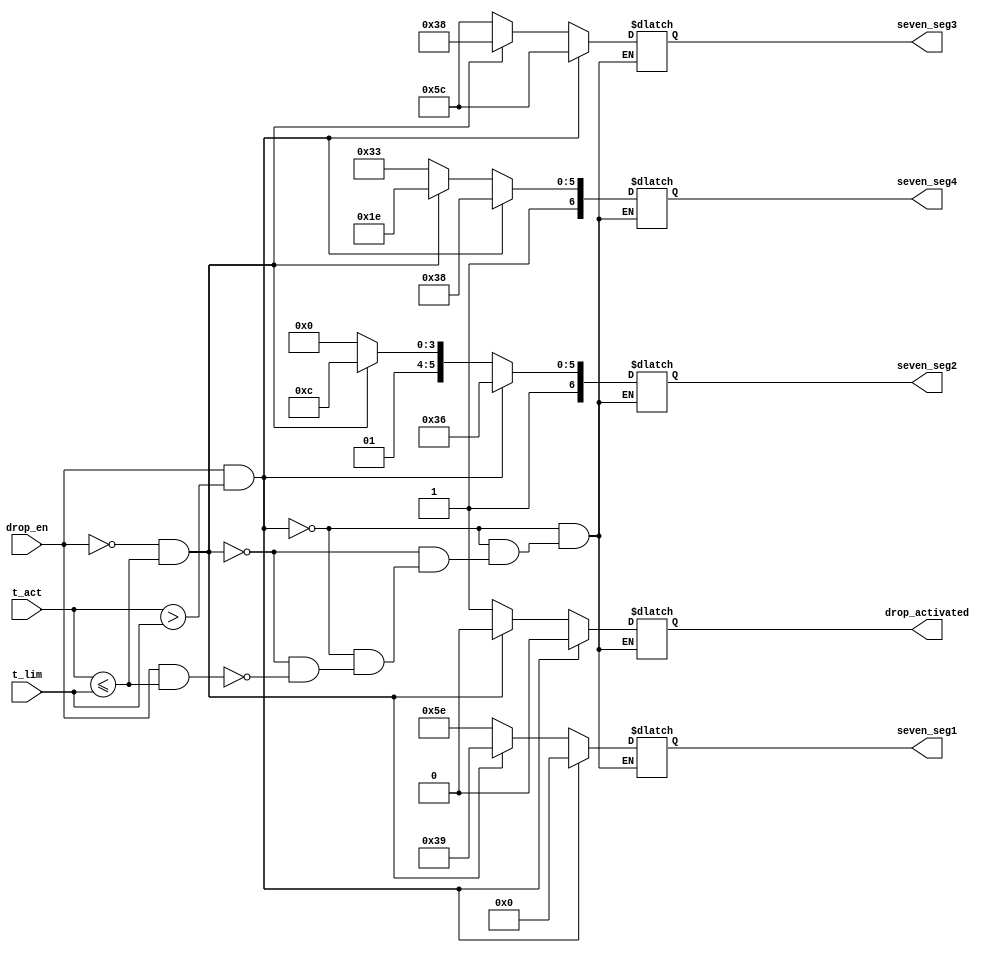
`timescale 1ns / 1ps
//////////////////////////////////////////////////////////////////////////////////
// Company: 
// Engineer: 
// 
// Design Name: 
// Module Name:    display_and_drop 
// Project Name: 
// Target Devices: 
// Tool versions: 
// Description: 
//
// Dependencies: 
//
// Revision: 
// Revision 0.01 - File Created
// Additional Comments: 
//
//////////////////////////////////////////////////////////////////////////////////
module display_and_drop(
      output [6:0] seven_seg1,
	  output [6:0] seven_seg2,
	  output [6:0] seven_seg3,
	  output [6:0] seven_seg4,
	  output [0:0] drop_activated,
	  input  [15:0] t_act,
	  input  [15:0] t_lim,
	  input         drop_en
    );
reg [6:0] sv1;
reg [6:0] sv2;
reg [6:0] sv3;
reg [6:0] sv4;
reg [0:0] drop_a;	 
always@(*) begin
    if( drop_en == 1 && t_act > t_lim  ) begin //Formam mesajul HOT
	    sv1 = 7'b0000000; 
		sv2 = 7'b1110110;
		sv3 = 7'b1011100;
		sv4 = 7'b1111000;
		drop_a =1'b0;
		
	end else if (	drop_en == 0 && t_act <= t_lim  ) begin //Formam mesajul COLD
	    sv1 = 7'b0111001;
		sv2 = 7'b1011100;
		sv3 = 7'b0111000;
		sv4 = 7'b1011110;
		drop_a = 1'b0;
		
	end else if (	drop_en == 1 && t_act <= t_lim ) begin //Formam mesajul DROP
	    sv1 = 7'b1011110;
		sv2 = 7'b1010000;
		sv3 = 7'b1011100;
		sv4 = 7'b1110011;
		drop_a = 1'b1;
		
	end
end	
assign seven_seg1 = sv1;
assign seven_seg2 = sv2;
assign seven_seg3 = sv3;
assign seven_seg4 = sv4;
assign drop_activated = drop_a;
	
endmodule